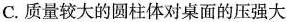
C.质量较大的圆柱体对桌面的压强大